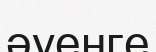
әуенге